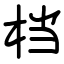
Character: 档